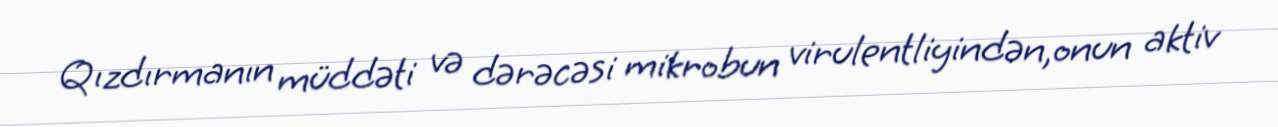
Qızdırmanın müddəti və dərəcəsi mikrobun virulentliyindən,onun aktiv